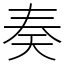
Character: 奏